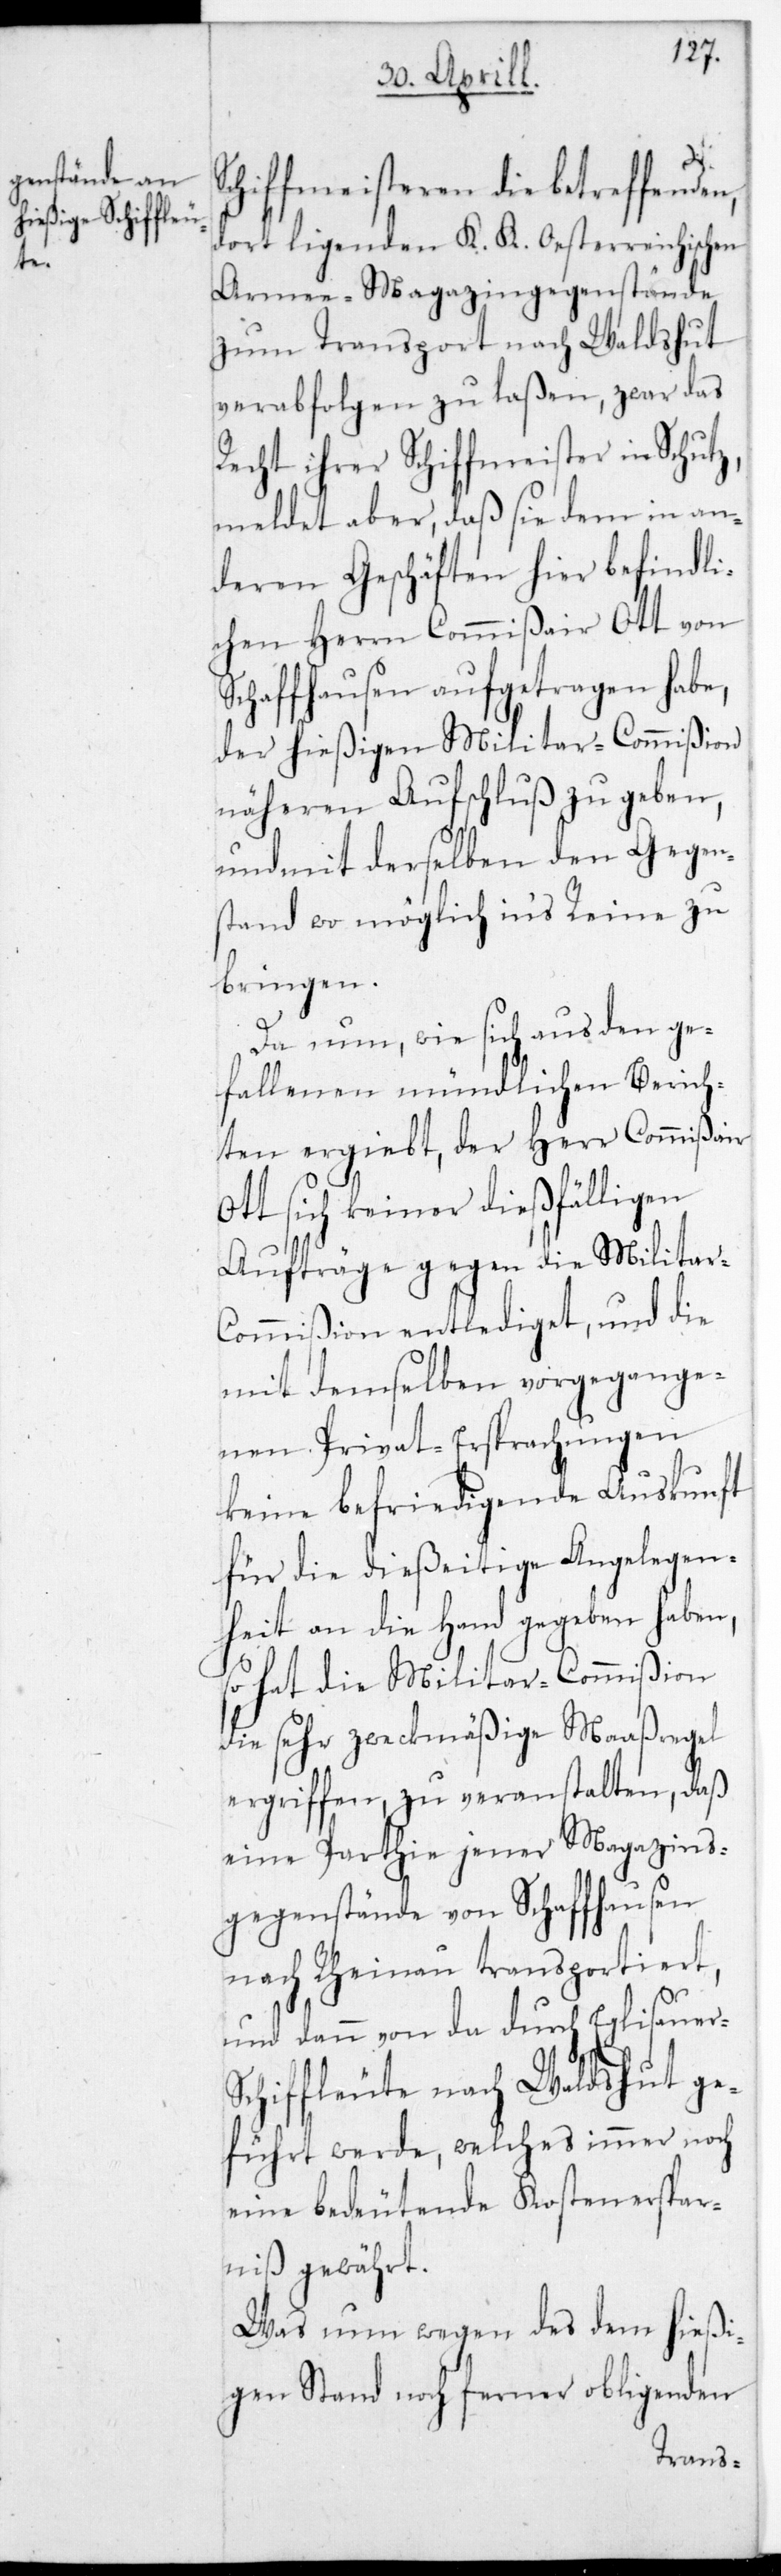
Schiffmeisteren die betreffenden
dort ligenden K. K. Oesterreichischen
Armee-Magazingegenstände
zum Transport nach Waldshut
verabfolgen zu laßen, zwar das
Recht ihrer Schiffmeister in Schutz,
meldet aber, daß sie dem in an¬
deren Geschäften hier befindli¬
chen Herrn Commißair Ott von
Schaffhausen aufgetragen habe,
der hießigen Militar-Commißion
näheren Aufschluß zu geben,
und mit derselben den Gegen¬
stand wo möglich in‘s Reine zu
bringen.
Da nun, wie sich aus den ge¬
fallenen mündlichen Berich¬
ten ergibt, der Herr Commißair
Ott sich keiner dießfälligen
Aufträge gegen die Militar-C¬
ommißion entlediget, und die
mit demselben vorgegange¬
nen Privat-Ersprachungen
keine befriedigende Auskunft
für die dießeitige Angelegen¬
heit an die Hand gegeben haben,
so hat die Militar-Commißion
die sehr zweckmäßige Maaßregel
ergriffen, zu veranstalten, daß
eine Partie jener Magazins¬
gegenstände von Schaffhausen
nach Rheinau transportiert,
und dann von da durch Eglisauer-S¬
chiffleute nach Waldshut ge¬
führt werde, welches immer noch
eine bedeutende Kostenserspar¬
niß gewährt.
Was nun wegen des dem hießi¬
gen Stand noch ferner obligenden